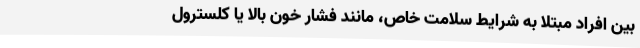
بین افراد مبتلا به شرایط سلامت خاص، مانند فشار خون بالا یا کلسترول